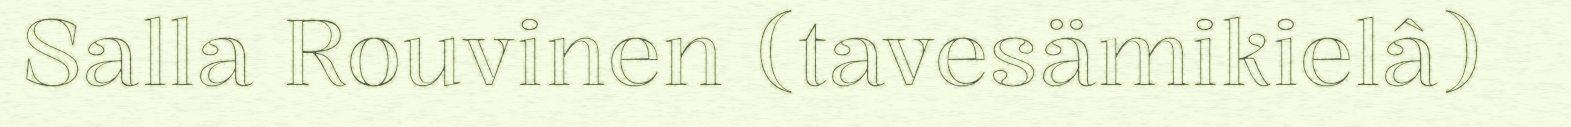
Salla Rouvinen (tavesämikielâ)